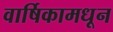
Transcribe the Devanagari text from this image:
वार्षिकामधून